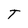
Character: T